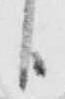
臣